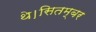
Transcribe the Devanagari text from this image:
थे।सितम्बर